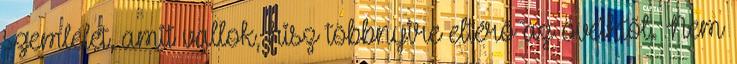
szemlélet, amit vallok, hisz többnyire eltérő az övéiktől. Nem